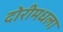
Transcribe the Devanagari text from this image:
दोरीमधला